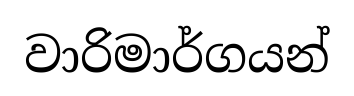
වාරිමාර්ගයන්